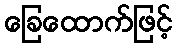
ခြေထောက်ဖြင့်